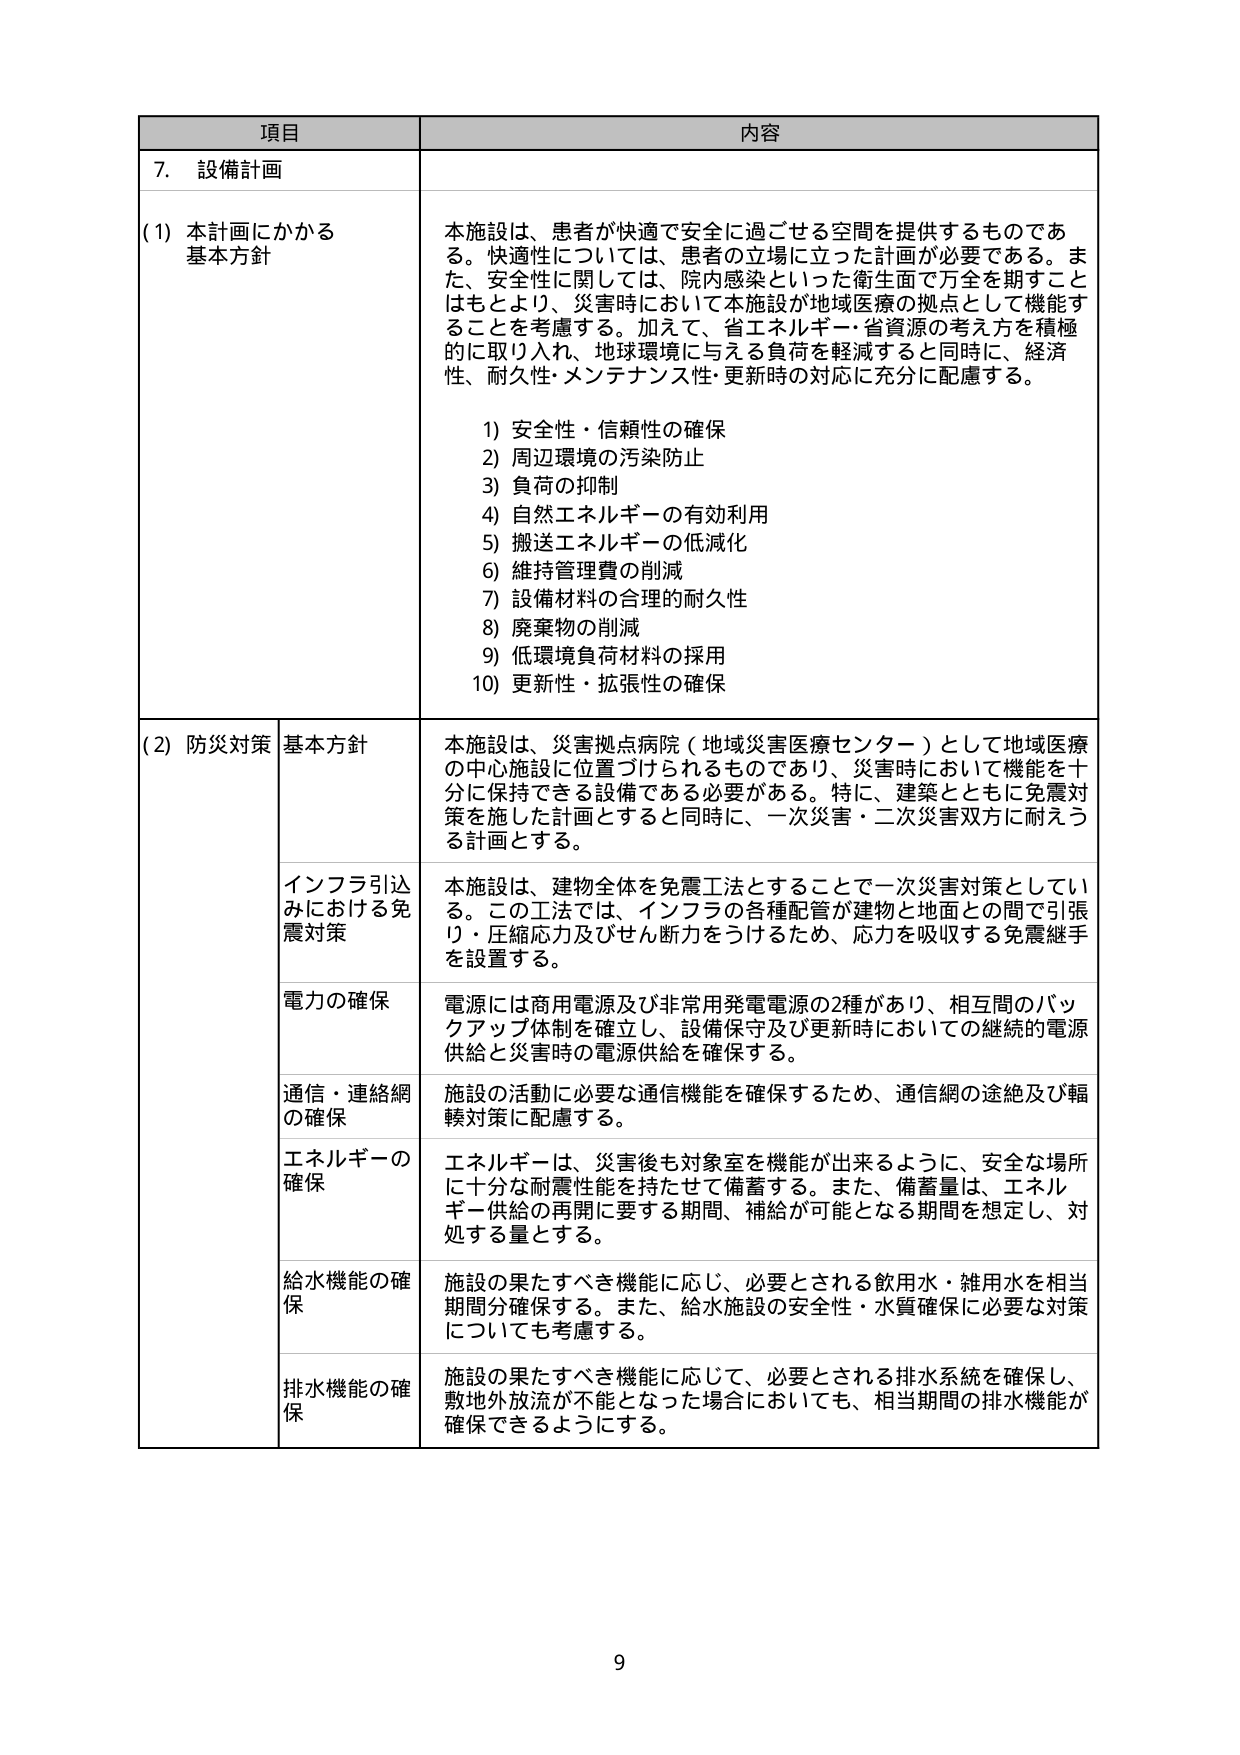
項目 内容
7. 設備計画
(1) 本計画にかかる基本方針
本施設は、患者が快適で安全に過ごせる空間を提供するものである。快適性については、患者の立場に立った計画が必要である。また、安全性に関しては、院内感染といった衛生面で万全を期すことはもとより、災害時において本施設が地域医療の拠点として機能することを考慮する。加えて、省エネルギー・省資源の考え方を積極的に取り入れ、地球環境に与える負荷を軽減すると同時に、経済性、耐久性・メンテナンス性・更新時の対応に充分に配慮する。
1) 安全性・信頼性の確保
2) 周辺環境の汚染防止
3) 負荷の抑制
4) 自然エネルギーの有効利用
5) 搬送エネルギーの低減化
6) 維持管理費の削減
7) 設備材料の合理的耐久性
8) 廃棄物の削減
9) 低環境負荷材料の採用
10) 更新性・拡張性の確保
(2) 防災対策 基本方針
本施設は、災害拠点病院（地域災害医療センター）として地域医療の中心施設に位置づけられるものであり、災害時において機能を十分に保持できる設備である必要がある。特に、建築とともに免震対策を施した計画とすると同時に、一次災害・二次災害双方に耐えうる計画とする。
インフラ引込みにおける免震対策
本施設は、建物全体を免震工法とすることで一次災害対策としている。この工法では、インフラの各種配管が建物と地面との間で引張り・圧縮応力及びせん断力をうけるため、応力を吸収する免震継手を設置する。
電力の確保
電源には商用電源及び非常用発電電源の2種があり、相互間のバックアップ体制を確立し、設備保守及び更新時においての継続的電源供給と災害時の電源供給を確保する。
通信・連絡網の確保
施設の活動に必要な通信機能を確保するため、通信網の途絶及び輻輳対策に配慮する。
エネルギーの確保
エネルギーは、災害後も対象室を機能が出来るように、安全な場所に十分な耐震性能を持たせて備蓄する。また、備蓄量は、エネルギー供給の再開に要する期間、補給が可能となる期間を想定し、対処する量とする。
給水機能の確保
施設の果たすべき機能に応じ、必要とされる飲用水・雑用水を相当期間分確保する。また、給水施設の安全性・水質確保に必要な対策についても考慮する。
排水機能の確保
施設の果たすべき機能に応じて、必要とされる排水系統を確保し、敷地外放流が不能となった場合においても、相当期間の排水機能が確保できるようにする。
9